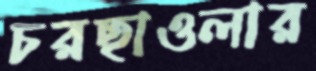
চরছাওলার